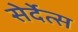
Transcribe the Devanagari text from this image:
सेर्देत्स